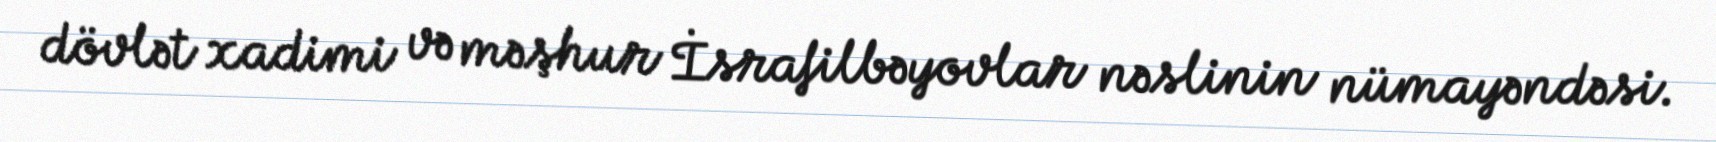
dövlət xadimi və məşhur İsrafilbəyovlar nəslinin nümayəndəsi.